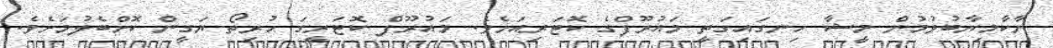
ނާކާމިޔާބުވުމުން މީޝާ ހިނގައިގަތީ މައުރޫފްގެ ކޮޓަރިއަށެވެ. މައުރޫފް ކޮޓަރީގަ ހުރިތޯ ޔަގީން ކޮށްބެލުމަށެވެ.